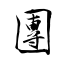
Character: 團